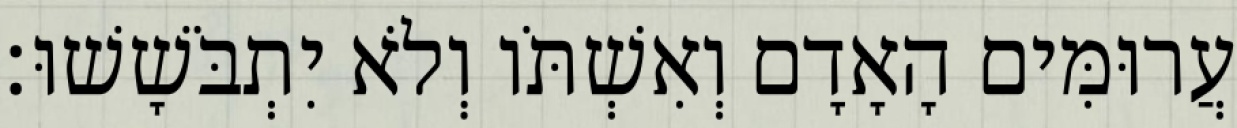
עֲרוּמִּים הָאָדָם וְאִשְׁתֹּו וְלֹא יִתְבֹּשָׁשׁוּ׃